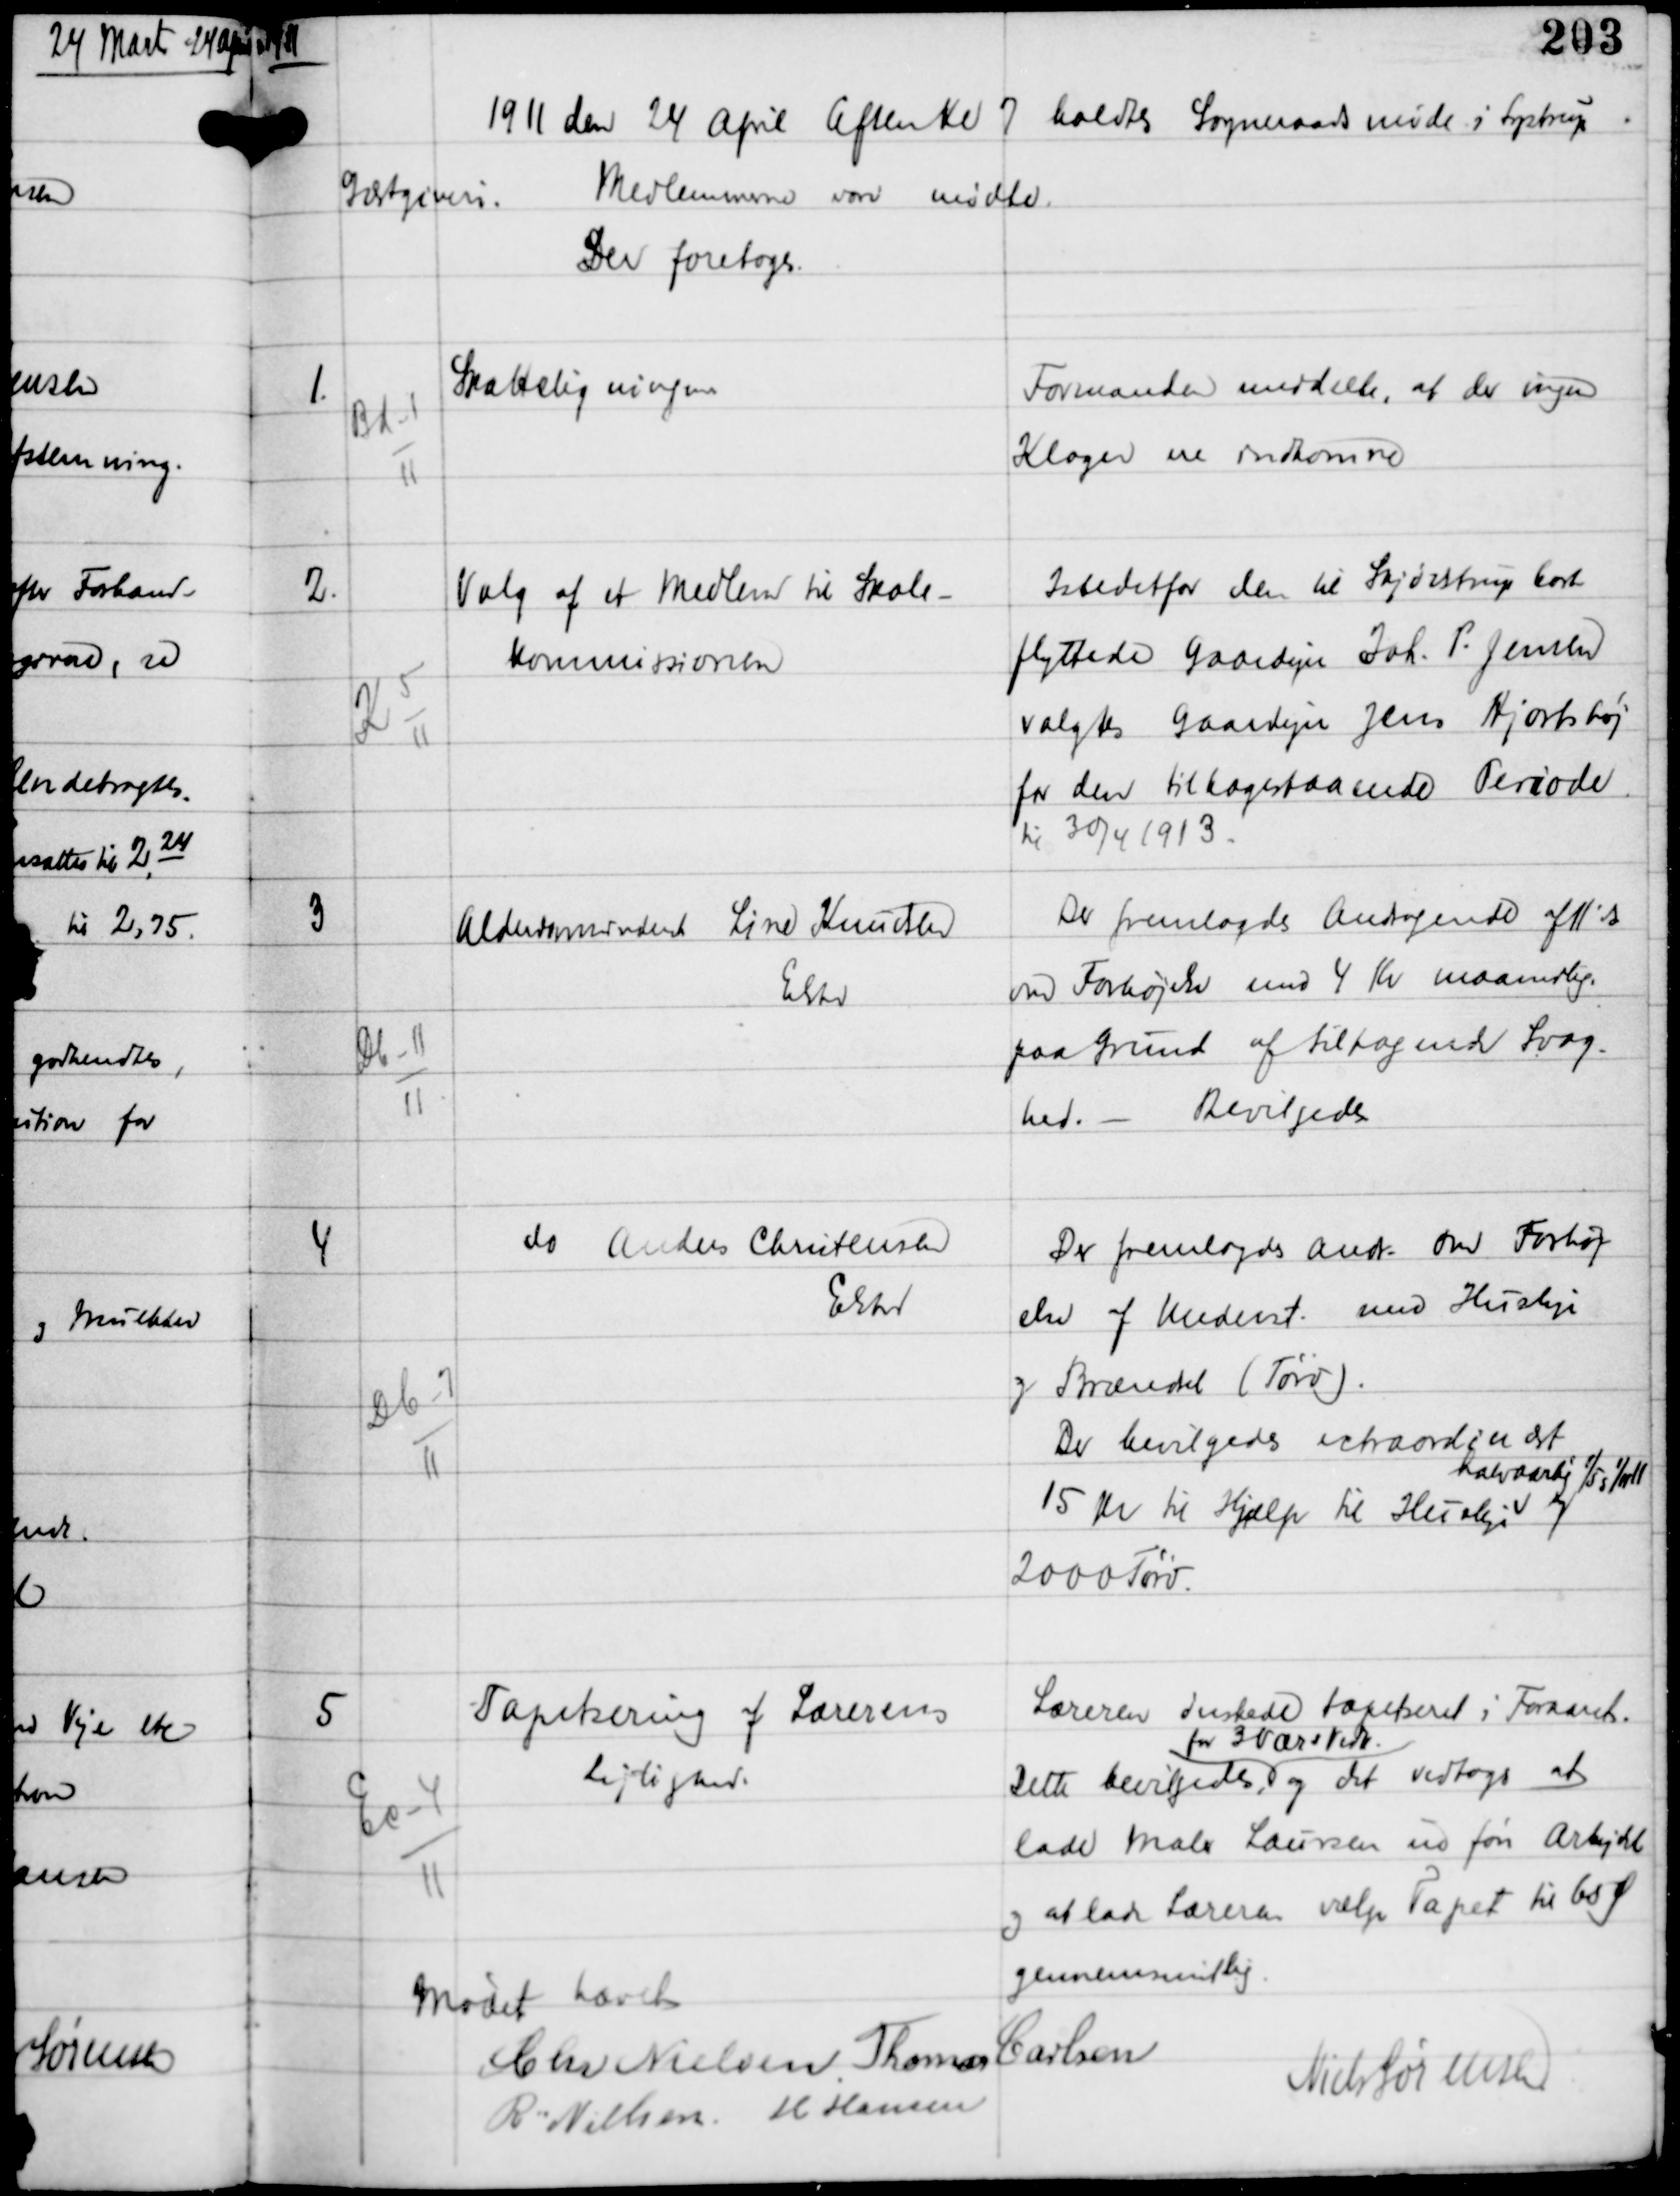
Transskription:
1911

1911 den 24 April Efterm Kl 7 holdtes Sogneraadsmøde i Lystrup
Gæstgiveri.
Medlemmerne vare mødte.
Der foretoges:

1.

Bd-1
11

Skatteligningen

Formanden meddelte, at der ingen
Klager ere indkomne.

2.

K 5
11

Valg af Medlem til Skole-
kommissionen

Istedetfor den til Skjødstrup bort-
flyttede Gaardejer Joh. P. Jensen
valgtes Gaardejer Jens Hjortshøj
for den tilbagestaaende Periode
til 30/4 1913.

3

Db-11
11

Alderdomsunderst Line Knudsen
Elsted

Der fremlagdes Andragende af 11' ds
om Forhøjelse med 4 Kr maanedlig
paa Grund af tiltagende Svag-
hed. - Bevilgedes.

4

Db-7
11

do Anders Christensen
Elsted

Der fremlagdes Andr om Forhøj-
else af Underst. med Husleje
og Brændsel (Tørv).
Der bevilgedes extraordinært
15 Kr til Hjælp til Husleje
halvaarligt 1/5 og 1/11 11
og
2000 Tørv.

5

Ec-4
11

Tapetsering af Lærerens
Lejlighed.

Læreren ønskede tapetseret i Foraaret.
Dette bevilgedes
for 3 Værs vedk.
og det vedtoges at
lade maler Laursen udføre Arbejdet
og at lade Læreren vælge Tapet til 65 Ø
gennemsnitlig

Mødet hævet

Chr Nielsen Thomas Carlsen
R Nielsen H Hansen
Niels Sørensen